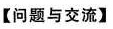
【问题与交流】